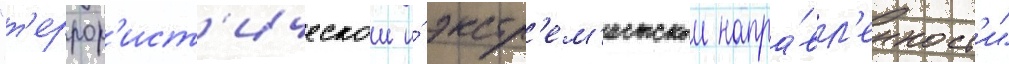
"т'еррор'ист'ическои и́ экстр'ем'истскои напра́вл'енност'и"